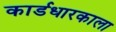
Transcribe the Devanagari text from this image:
कार्डधारकाला